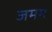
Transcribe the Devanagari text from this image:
जमम